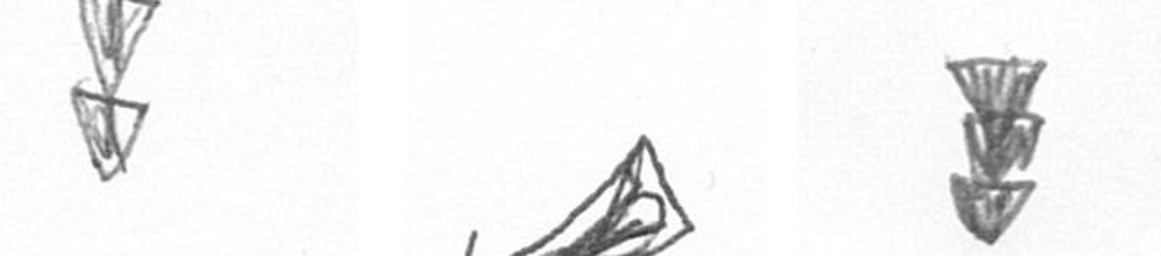
Z O E